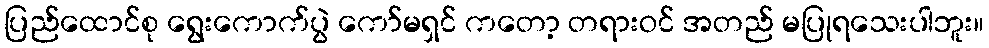
ပြည်ထောင်စု ရွေးကောက်ပွဲ ကော်မရှင် ကတော့ တရားဝင် အတည် မပြုရသေးပါဘူး။